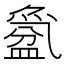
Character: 𱲕